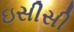
ઇસીસી